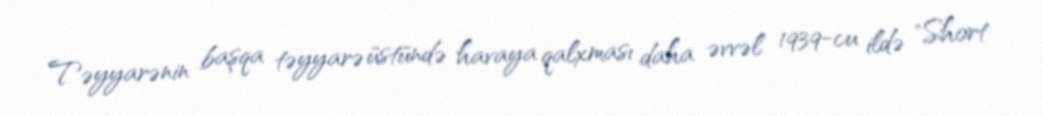
Təyyarənin başqa təyyarə üstündə havaya qalxması daha əvvəl 1939-cu ildə "Short